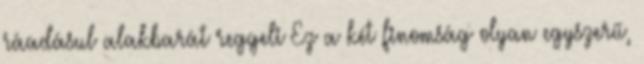
ráadásul alakbarát reggeli Ez a két finomság olyan egyszerű,